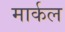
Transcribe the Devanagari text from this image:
मार्कल